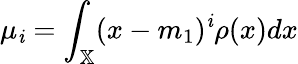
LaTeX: \mu_{\mathit{i}}=\int_{\mathbb{{X}}}(x-m_{1})^{\mathit{i}}\rho(x)dx